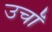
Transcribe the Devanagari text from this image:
उचॉं